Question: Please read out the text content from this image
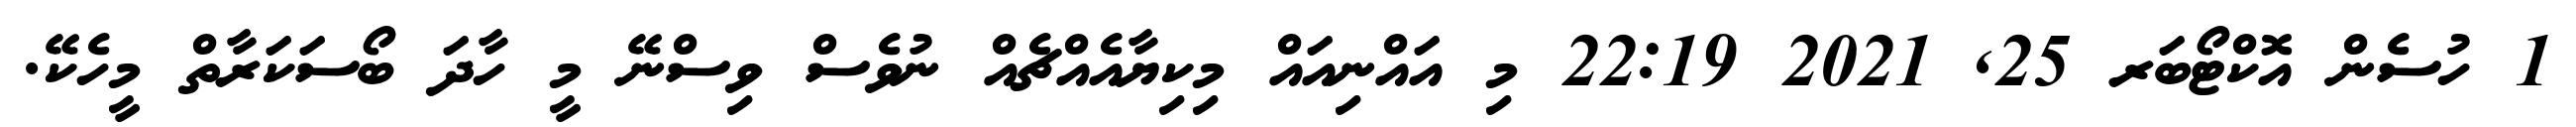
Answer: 1 ހުސެން އޮކްޓޯބަރ 25, 2021 22:19 މި އައްނިއައް މިކިޔާއެއްޗެއް ނުވެސް ވިސްނޭ މީ ހާދަ ބޯސަކަރާތް މީހެކޭ.